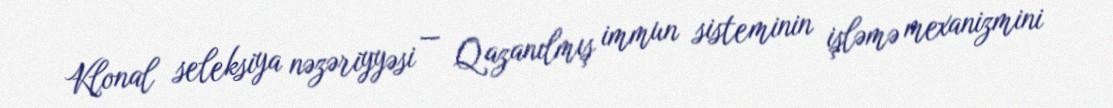
Klonal seleksiya nəzəriyyəsi — Qazanılmış immun sisteminin işləmə mexanizmini